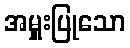
အမှူးပြုသော